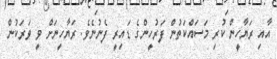
އާއި ރަޔާހީން ކުރި މަސައްކަތުން ފަރުހީންގެ ޑައިރީ ފެނުނެވެ. ރަޔާހީނަށް ވީ ވަރަކުން